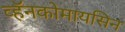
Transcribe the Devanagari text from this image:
व्हॅनकोमायसिन